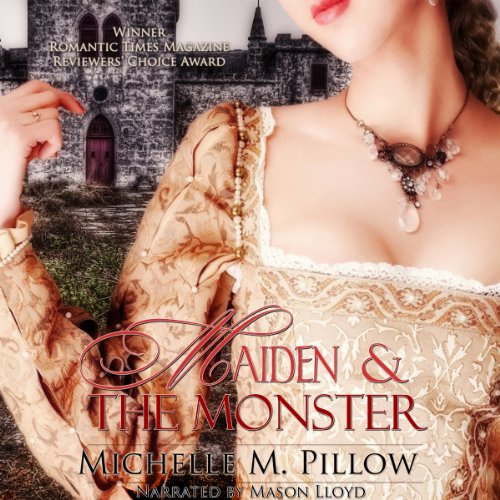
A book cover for Maiden and the Monster; Michelle M. Pillow; Romance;